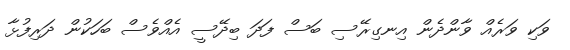
ވަކި ވަރެއް ވާންދެން އިނގިރޭސި ބަސް ފަދަ ބިދޭސީ އެއްވެސް ބަހަކުން ދަރިފުޅާ